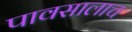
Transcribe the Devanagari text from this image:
पावसालाच